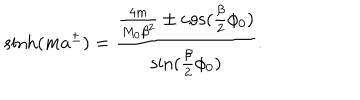
LaTeX: \sinh ( m a ^ { \pm } ) = \frac { \frac { 4 m } { M _ { 0 } \beta ^ { 2 } } \pm \cos ( \frac { \beta } { 2 } \phi _ { 0 } ) } { \sin ( \frac { \beta } { 2 } \phi _ { 0 } ) } .